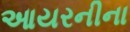
આયરનીના